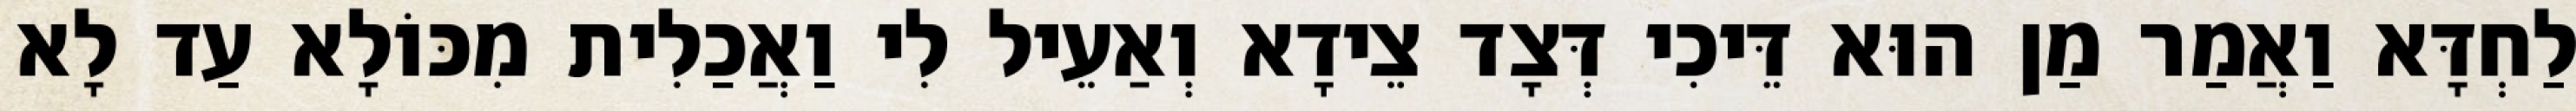
לַחְדָּא וַאֲמַר מַן הוּא דֵּיכִי דְּצָד צֵידָא וְאַעֵיל לִי וַאֲכַלִית מִכּוֹלָא עַד לָא